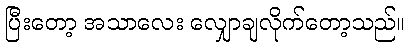
ပြီးတော့ အသာလေး လျှောချလိုက်တော့သည်။